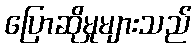
ပြောဆိုမှုများသည်